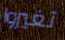
تغيروا